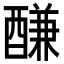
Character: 𨢑